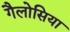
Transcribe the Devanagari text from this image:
गैलोसिया